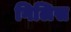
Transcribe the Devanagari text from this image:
गिलिस